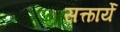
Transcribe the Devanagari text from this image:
सत्कार्ये